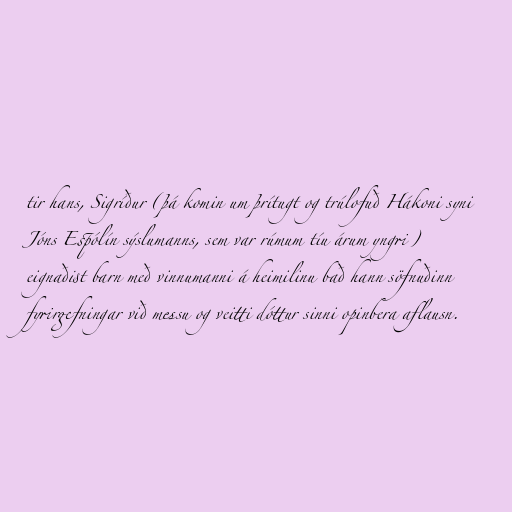
tir hans, Sigríður (þá komin um þrítugt og trúlofuð Hákoni syni
Jóns Espólín sýslumanns, sem var rúmum tíu árum yngri)
eignaðist barn með vinnumanni á heimilinu bað hann söfnuðinn
fyrirgefningar við messu og veitti dóttur sinni opinbera aflausn.